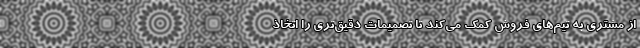
از مشتری به تیم‌های فروش کمک می‌کند تا تصمیمات دقیق‌تری را اتخاذ